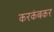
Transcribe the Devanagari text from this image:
करकंबकर